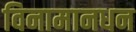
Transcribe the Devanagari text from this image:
विनामानधन